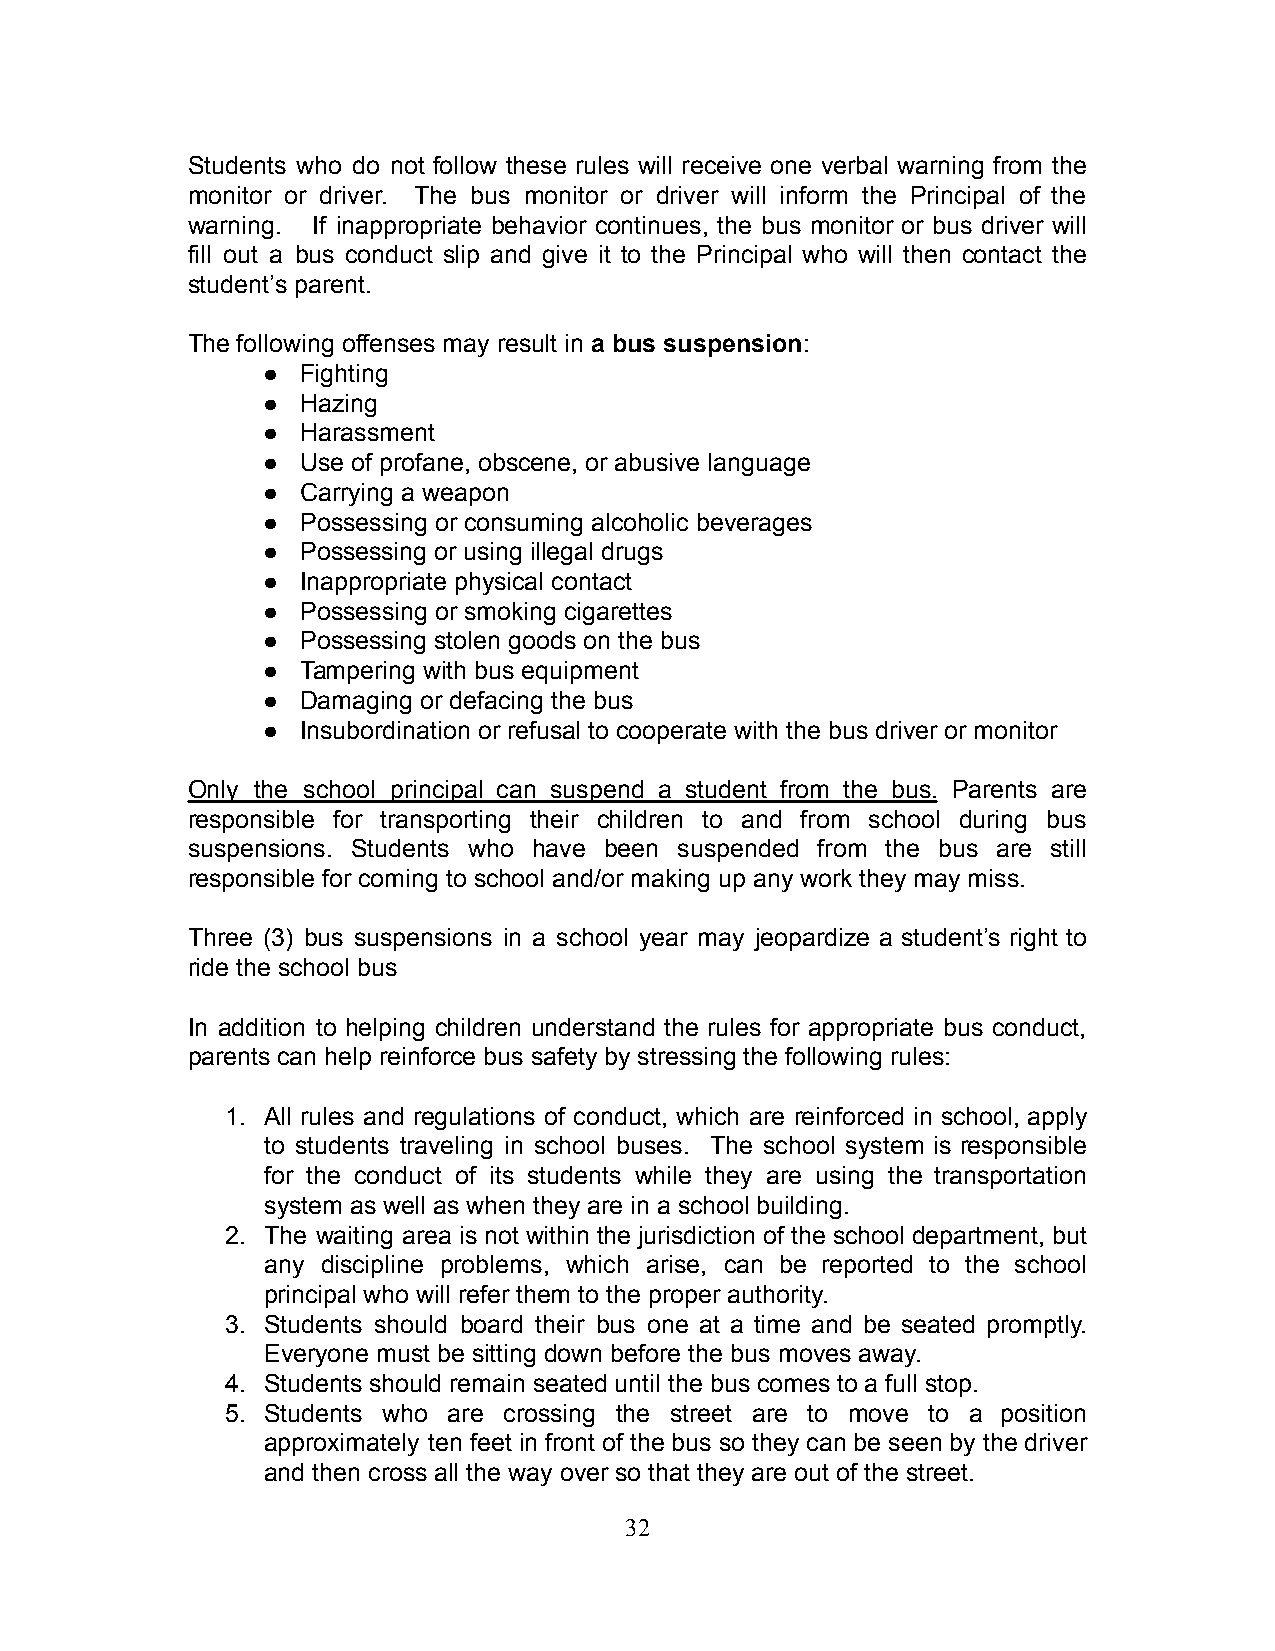
Students who do not follow these rules will receive one verbal warning from the
 monitor or driver. The bus monitor or driver will inform the Principal of the
 warning. If inappropriate behavior continues, the bus monitor or bus driver will
 fill out a bus conduct slip and give it to the Principal who will then contact the
 student’s parent.
 The following offenses may result in a bus suspension:
 ●  Fighting
 ●  Hazing
 ●  Harassment
 ●  Use of profane, obscene, or abusive language
 ●  Carrying a weapon
 ●  Possessing or consuming alcoholic beverages
 ●  Possessing or using illegal drugs
 ●  Inappropriate physical contact
 ●  Possessing or smoking cigarettes
 ●  Possessing stolen goods on the bus
 ●  Tampering with bus equipment
 ●  Damaging or defacing the bus
 ●  Insubordination or refusal to cooperate with the bus driver or monitor
 Only the school principal can suspend a student from the bus. Parents are
 responsible for transporting their children to and from school during bus
 suspensions. Students who have been suspended from the bus are still
 responsible for coming to school and/or making up any work they may miss.
 Three (3) bus suspensions in a school year may jeopardize a student’s right to
 ride the school bus
 In addition to helping children understand the rules for appropriate bus conduct,
 parents can help reinforce bus safety by stressing the following rules:
 1. All rules and regulations of conduct, which are reinforced in school, apply
 to students traveling in school buses. The school system is responsible
 for the conduct of its students while they are using the transportation
 system as well as when they are in a school building.
 2. The waiting area is not within the jurisdiction of the school department, but
 any discipline problems, which arise, can be reported to the school
 principal who will refer them to the proper authority.
 3. Students should board their bus one at a time and be seated promptly.
 Everyone must be sitting down before the bus moves away.
 4. Students should remain seated until the bus comes to a full stop.
 5. Students who are crossing the street are to move to a position
 approximately ten feet in front of the bus so they can be seen by the driver
 and then cross all the way over so that they are out of the street.
 32